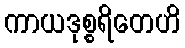
ကာယဒုစ္စရိတေဟိ